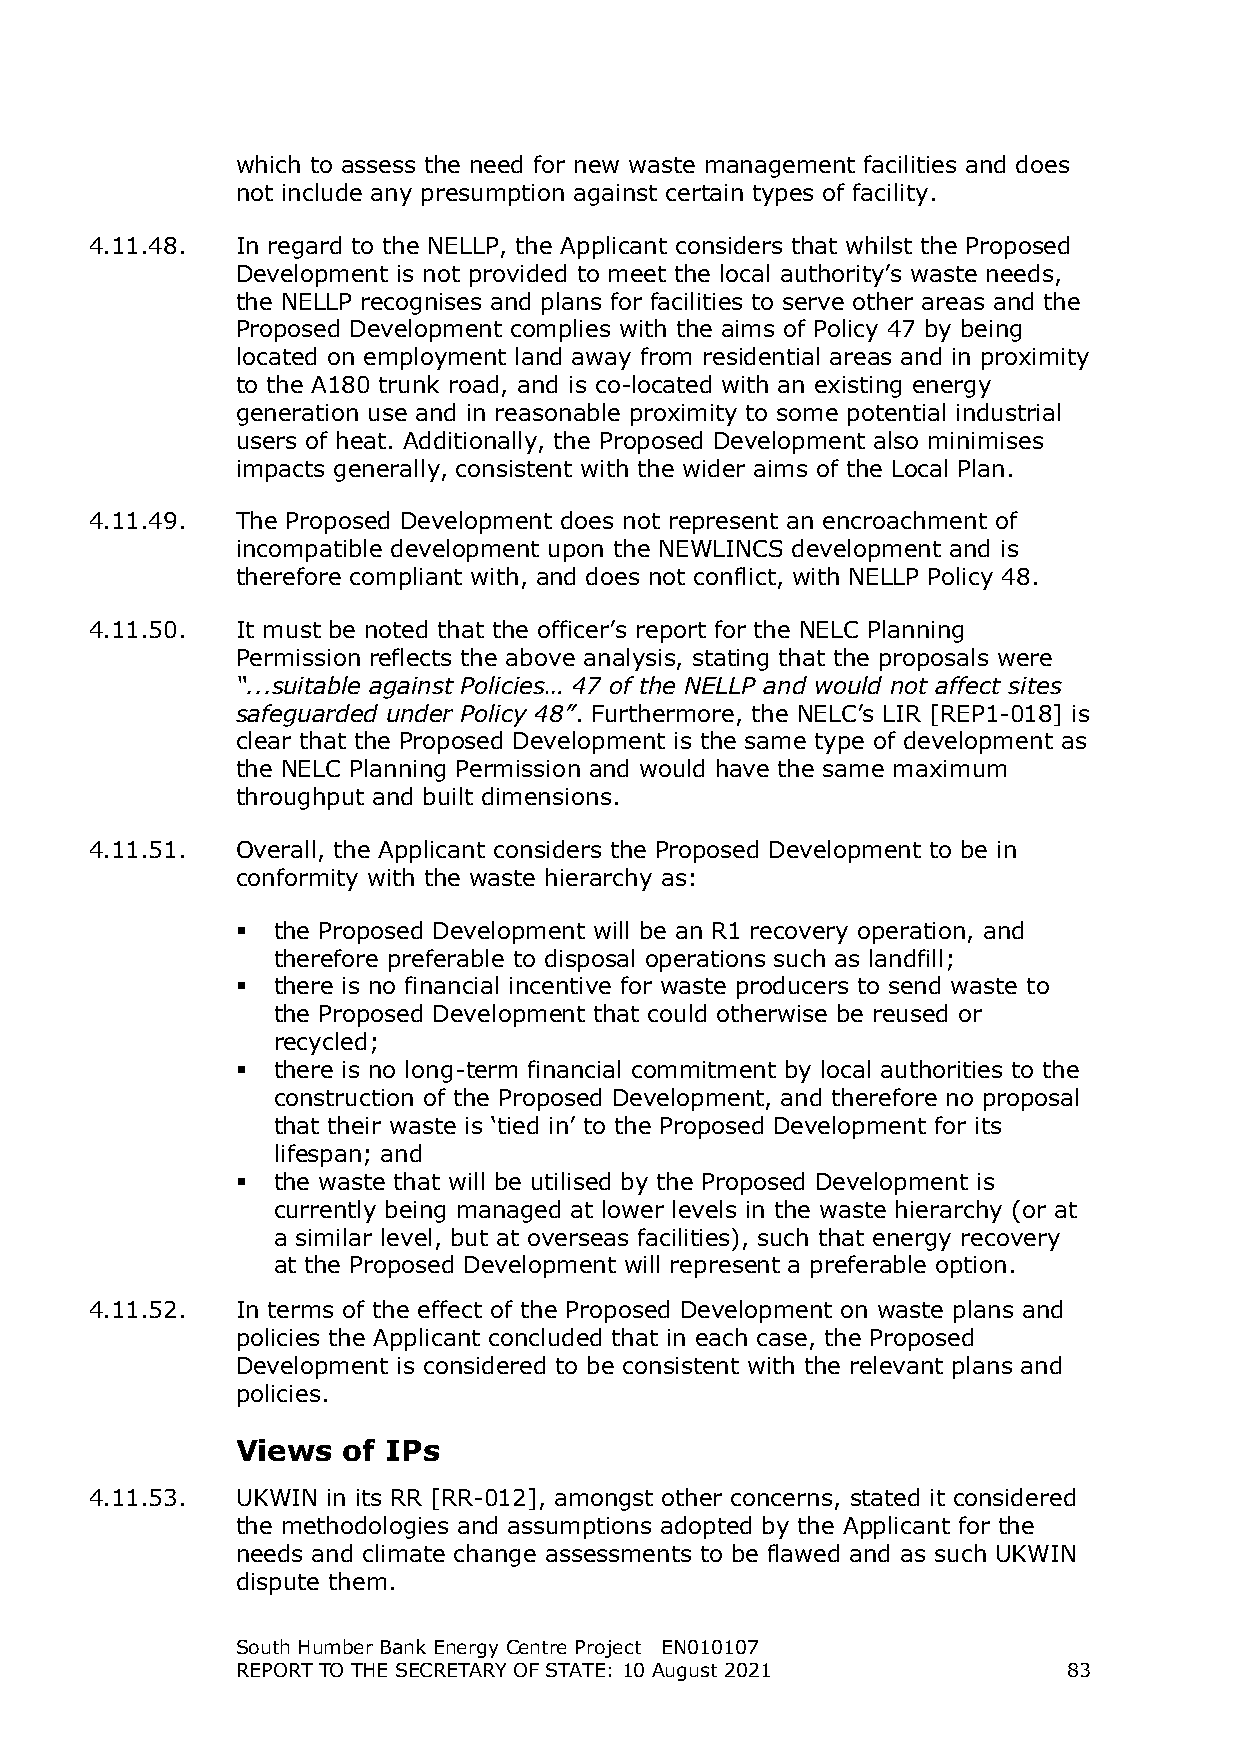
which to assess the need for new waste management facilities and does
 not include any presumption against certain types of facility.
 4.11.48.  In regard to the NELLP, the Applicant considers that whilst the Proposed
 Development is not provided to meet the local authority’s waste needs,
 the NELLP recognises and plans for facilities to serve other areas and the
 Proposed Development complies with the aims of Policy 47 by being
 located on employment land away from residential areas and in proximity
 to the A180 trunk road, and is co-located with an existing energy
 generation use and in reasonable proximity to some potential industrial
 users of heat. Additionally, the Proposed Development also minimises
 impacts generally, consistent with the wider aims of the Local Plan.
 4.11.49.  The Proposed Development does not represent an encroachment of
 incompatible development upon the NEWLINCS development and is
 therefore compliant with, and does not conflict, with NELLP Policy 48.
 4.11.50.  It must be noted that the officer’s report for the NELC Planning
 Permission reflects the above analysis, stating that the proposals were
 “...suitable against Policies… 47 of the NELLP and would not affect sites
 safeguarded under Policy 48”. Furthermore, the NELC’s LIR [REP1-018] is
 clear that the Proposed Development is the same type of development as
 the NELC Planning Permission and would have the same maximum
 throughput and built dimensions.
 4.11.51.  Overall, the Applicant considers the Proposed Development to be in
 conformity with the waste hierarchy as:
  the Proposed Development will be an R1 recovery operation, and
 therefore preferable to disposal operations such as landfill;
  there is no financial incentive for waste producers to send waste to
 the Proposed Development that could otherwise be reused or
 recycled;
  there is no long-term financial commitment by local authorities to the
 construction of the Proposed Development, and therefore no proposal
 that their waste is ‘tied in’ to the Proposed Development for its
 lifespan; and
  the waste that will be utilised by the Proposed Development is
 currently being managed at lower levels in the waste hierarchy (or at
 a similar level, but at overseas facilities), such that energy recovery
 at the Proposed Development will represent a preferable option.
 4.11.52.  In terms of the effect of the Proposed Development on waste plans and
 policies the Applicant concluded that in each case, the Proposed
 Development is considered to be consistent with the relevant plans and
 policies.
 Views  of IPs
 4.11.53.  UKWIN in its RR [RR-012], amongst other concerns, stated it considered
 the methodologies and assumptions adopted by the Applicant for the
 needs and climate change assessments to be flawed and as such UKWIN
 dispute them.
 South Humber Bank Energy Centre Project EN010107
 REPORT TO THE SECRETARY OF STATE: 10 August 2021       83